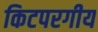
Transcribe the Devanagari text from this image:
किटपरगीय